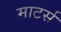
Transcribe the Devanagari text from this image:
माटर्स